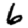
Digit: 6